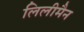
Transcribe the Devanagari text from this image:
लिलीमैन